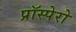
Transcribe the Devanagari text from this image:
प्रॉस्पेरो